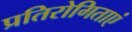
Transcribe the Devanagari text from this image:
प्रतिरोगिताएं